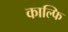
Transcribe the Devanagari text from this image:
काल्फि